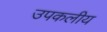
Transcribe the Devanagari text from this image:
उपकलीय